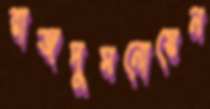
রাজদুমনোয়েন